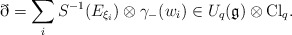
\begin{align*}\eth = \sum_i S^{-1}(E_{\xi_i}) \otimes \gamma_{-}(w_i) \in U_q(\mathfrak{g}) \otimes \mathrm{Cl}_q.\end{align*}